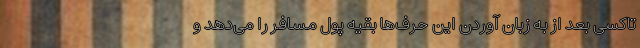
تاکسی بعد از به زبان آوردن این حرف‌ها بقیه پول مسافر را می‌دهد و